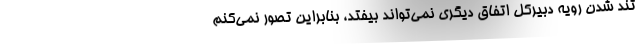
تند شدن رویه دبیرکل اتفاق دیگری نمی‌تواند بیفتد، بنابراین تصور نمی‌کنم